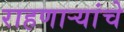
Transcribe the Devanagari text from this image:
राहणाऱ्यांचे